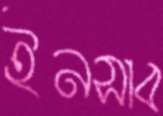
ইনসাব